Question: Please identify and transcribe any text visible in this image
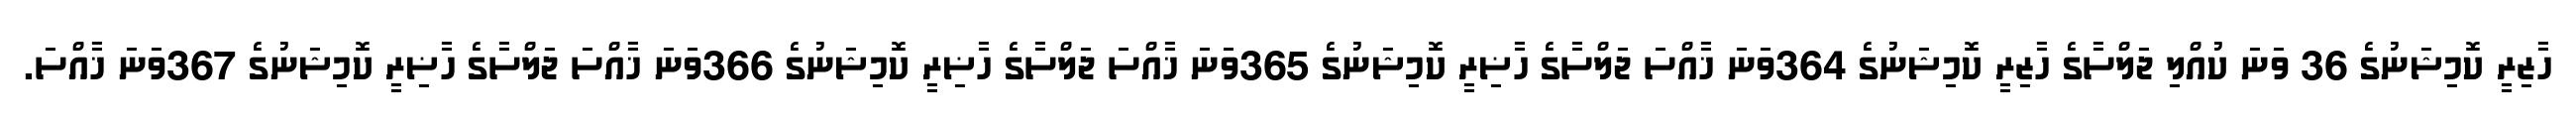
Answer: ހާޒިރީ ކޮމިޝަނުގެ 36 ވަނަ ކުއްލި ޖަލްސާގެ ހާޒިރީ ކޮމިޝަނުގެ 364ވަނަ ޚާއްސަ ޖަލްސާގެ ހާޟިރީ ކޮމިޝަނުގެ 365ވަނަ ޚާއްސަ ޖަލްސާގެ ހާޟިރީ ކޮމިޝަނުގެ 366ވަނަ ޚާއްސަ ޖަލްސާގެ ހާޟިރީ ކޮމިޝަނުގެ 367ވަނަ ޚާއްސަ.